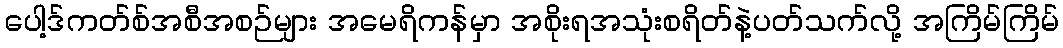
ပေါ့ဒ်ကတ်စ်အစီအစဉ်များ အမေရိကန်မှာ အစိုးရအသုံးစရိတ်နဲ့ပတ်သက်လို့ အကြိမ်ကြိမ်